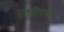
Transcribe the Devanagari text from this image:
गिरिनगर